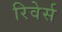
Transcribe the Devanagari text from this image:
रिवेर्स